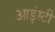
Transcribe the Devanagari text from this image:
आइंस्टी